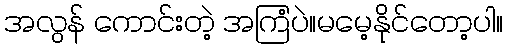
အလွန် ကောင်းတဲ့ အကြံပဲ။မမေ့နိုင်တော့ပါ။